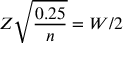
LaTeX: Z { \sqrt { \frac { 0 . 2 5 } { n } } } = W / 2